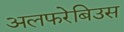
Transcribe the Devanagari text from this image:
अलफरेबिउस